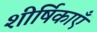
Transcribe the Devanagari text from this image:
शीर्षिकाएँ